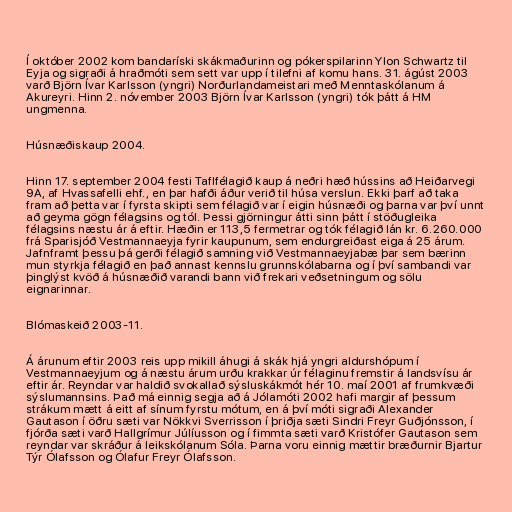
Í október 2002 kom bandaríski skákmaðurinn og pókerspilarinn Ylon Schwartz til
Eyja og sigraði á hraðmóti sem sett var upp í tilefni af komu hans. 31. ágúst 2003
varð Björn Ívar Karlsson (yngri) Norðurlandameistari með Menntaskólanum á
Akureyri. Hinn 2. nóvember 2003 Björn Ívar Karlsson (yngri) tók þátt á HM
ungmenna.

Húsnæðiskaup 2004.

Hinn 17. september 2004 festi Taflfélagið kaup á neðri hæð hússins að Heiðarvegi
9A, af Hvassafelli ehf., en þar hafði áður verið til húsa verslun. Ekki þarf að taka
fram að þetta var í fyrsta skipti sem félagið var í eigin húsnæði og þarna var því unnt
að geyma gögn félagsins og tól. Þessi gjörningur átti sinn þátt í stöðugleika
félagsins næstu ár á eftir. Hæðin er 113,5 fermetrar og tók félagið lán kr. 6.260.000
frá Sparisjóð Vestmannaeyja fyrir kaupunum, sem endurgreiðast eiga á 25 árum.
Jafnframt þessu þá gerði félagið samning við Vestmannaeyjabæ þar sem bærinn
mun styrkja félagið en það annast kennslu grunnskólabarna og í því sambandi var
þinglýst kvöð á húsnæðið varandi bann við frekari veðsetningum og sölu
eignarinnar.

Blómaskeið 2003-11.

Á árunum eftir 2003 reis upp mikill áhugi á skák hjá yngri aldurshópum í
Vestmannaeyjum og á næstu árum urðu krakkar úr félaginu fremstir á landsvísu ár
eftir ár. Reyndar var haldið svokallað sýsluskákmót hér 10. maí 2001 af frumkvæði
sýslumannsins. Það má einnig segja að á Jólamóti 2002 hafi margir af þessum
strákum mætt á eitt af sínum fyrstu mótum, en á því móti sigraði Alexander
Gautason í öðru sæti var Nökkvi Sverrisson í þriðja sæti Sindri Freyr Guðjónsson, í
fjórða sæti varð Hallgrímur Júlíusson og í fimmta sæti varð Kristófer Gautason sem
reyndar var skráður á leikskólanum Sóla. Þarna voru einnig mættir bræðurnir Bjartur
Týr Ólafsson og Ólafur Freyr Ólafsson.